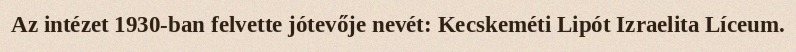
Az intézet 1930-ban felvette jótevője nevét: Kecskeméti Lipót Izraelita Líceum.